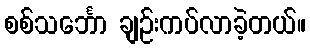
စစ်သင်္ဘော ချဉ်းကပ်လာခဲ့တယ်။